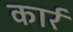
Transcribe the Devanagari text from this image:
कार्र